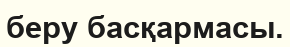
беру басқармасы.